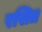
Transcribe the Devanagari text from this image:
रसित